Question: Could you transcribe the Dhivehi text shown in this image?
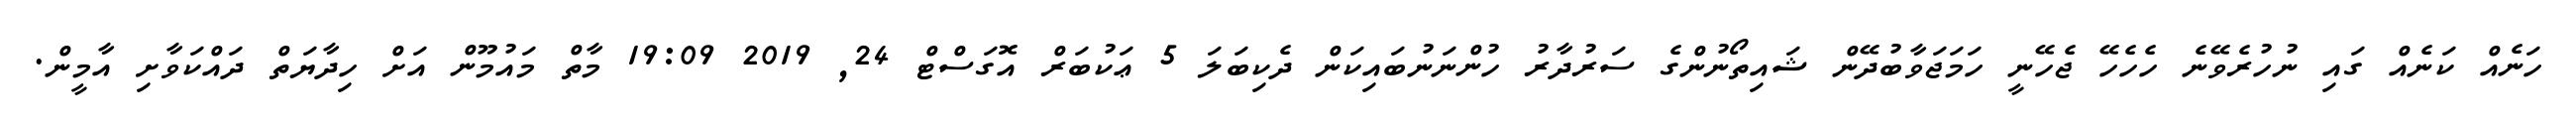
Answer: ހަނެއް ކަނެއް ގައި ނުހުރެވޭނެ ހެހެހޭ ޖެހޭނީ ހަމަޖަވާބުދޭން ޝައިތޯނުންގެ ސަރުދާރު ހުންނަނުބައިކަން ދެކިބަލަ 5 ޢަކުބަރް އޮގަސްޓް 24, 2019 19:09 މާތް މައުމޫން އަށް ހިދާޔަތް ދައްކަވާށި އާމީން.